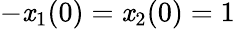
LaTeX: -\mathit{x}_{1}(0)=\mathit{x}_{2}(0)=1